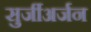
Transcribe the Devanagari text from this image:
सुर्जीअर्जन